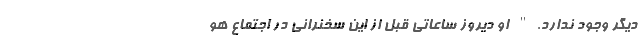
دیگر وجود ندارد." او دیروز ساعاتی قبل از این سخنرانی در اجتماع هو